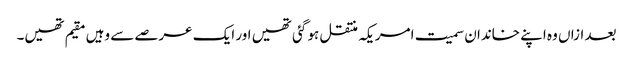
بعد ازاں وہ اپنے خاندان سمیت امریکہ منتقل ہو گئی تھیں اور ایک عرصے سے وہیں مقیم تھیں۔